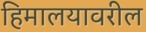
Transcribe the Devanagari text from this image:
हिमालयावरील